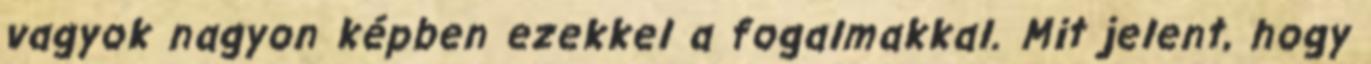
vagyok nagyon képben ezekkel a fogalmakkal. Mit jelent, hogy